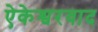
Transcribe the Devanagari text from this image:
ऐकेश्वरवाद